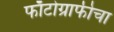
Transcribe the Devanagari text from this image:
फाँटोग्राफीचा